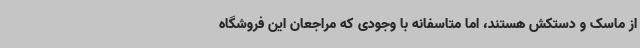
از ماسک و دستکش هستند، اما متاسفانه با وجودی که مراجعان این فروشگاه